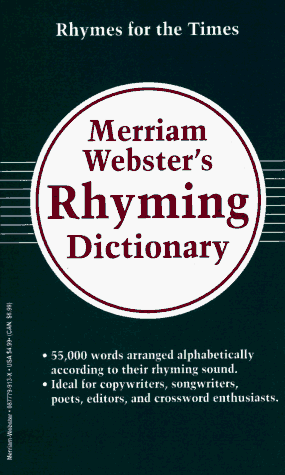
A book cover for Merriam-Webster's Rhyming Dictionary; Merriam-Webster; Reference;